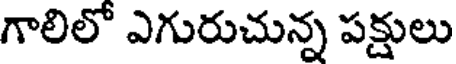
గాలిలో ఎగురుచున్న పక్షులు